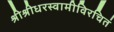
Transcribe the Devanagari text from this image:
श्रीश्रीधरस्वामीविरचितं